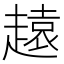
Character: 𧽚